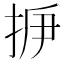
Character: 𢫽